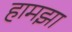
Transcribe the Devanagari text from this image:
हामझा